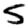
Digit: 5